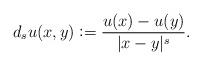
LaTeX: \begin{align*}d_su(x,y)\vcentcolon = \frac{u(x)-u(y)}{|x-y|^s}.\end{align*}